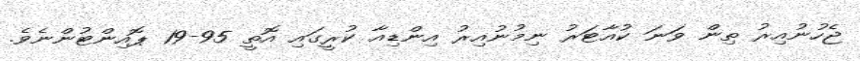
ޖެހުނުއިރު ތިން ވަނަ ކުއާޓަރު ނިމުނުއިރު އިންޑިއާ ކުރީގައި އޮތީ 95-19 ޕޮއިންޓުންނެވެ.